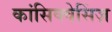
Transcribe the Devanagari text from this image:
कांसिक्वेसिंज़